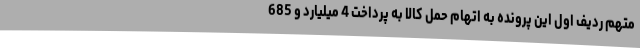
متهم ردیف اول این پرونده به اتهام حمل کالا به پرداخت 4 میلیارد و 685